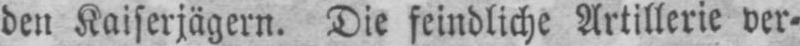
den Kaiserjägern. Die feindliche Artillerie ver⸗